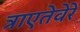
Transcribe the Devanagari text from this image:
त्राएतेवेरे